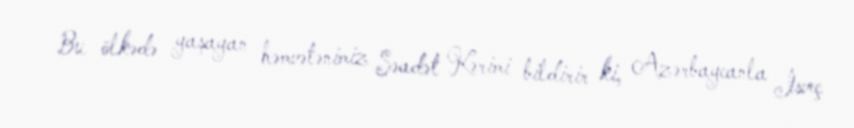
Bu ölkədə yaşayan həmvətənimiz Səadət Kərimi bildirir ki, Azərbaycanla İsveç